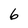
Character: 6